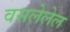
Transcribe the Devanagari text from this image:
वसलेलेल